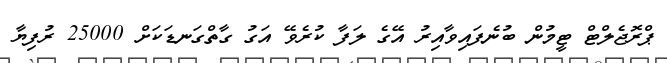
ޕްރޮޖެލްޓް ޓީމުން ބުނެފައިވާއިރު އޭގެ ލަފާ ކުރެވޭ އަގު ގާތްގަނޑަކަށް 25000 ރުފިޔާ